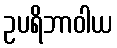
ဥပရိဘာဝါယ